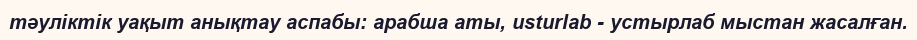
тәуліктік уақыт анықтау аспабы: арабша аты, usturlab - устырлаб мыстан жасалған.